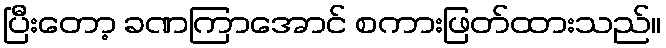
ပြီးတော့ ခဏကြာအောင် စကားဖြတ်ထားသည်။